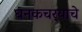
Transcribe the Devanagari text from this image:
घनकचर्‍याचे